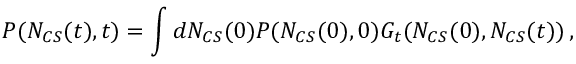
{ \cal P } ( N _ { C S } ( t ) , t ) = \int d N _ { C S } ( 0 ) { \cal P } ( N _ { C S } ( 0 ) , 0 ) G _ { t } ( N _ { C S } ( 0 ) , N _ { C S } ( t ) ) \, ,